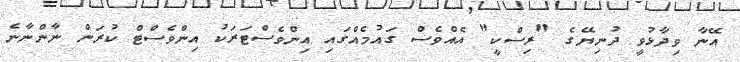
އޭނާ ވިދާޅުވީ ދުނިޔޭގެ "ރިސްކީ" އެއްވެސް ގައުމެއްގައި އިންވެސްޓަރަކު އިންވެސްޓް ކުރަން ނާންނާނެ